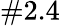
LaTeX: \# 2.4